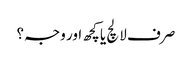
صرف لالچ یا کچھ اور وجہ؟